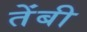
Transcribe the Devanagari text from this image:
तेंबी